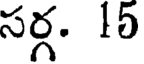
సర్గ. 15